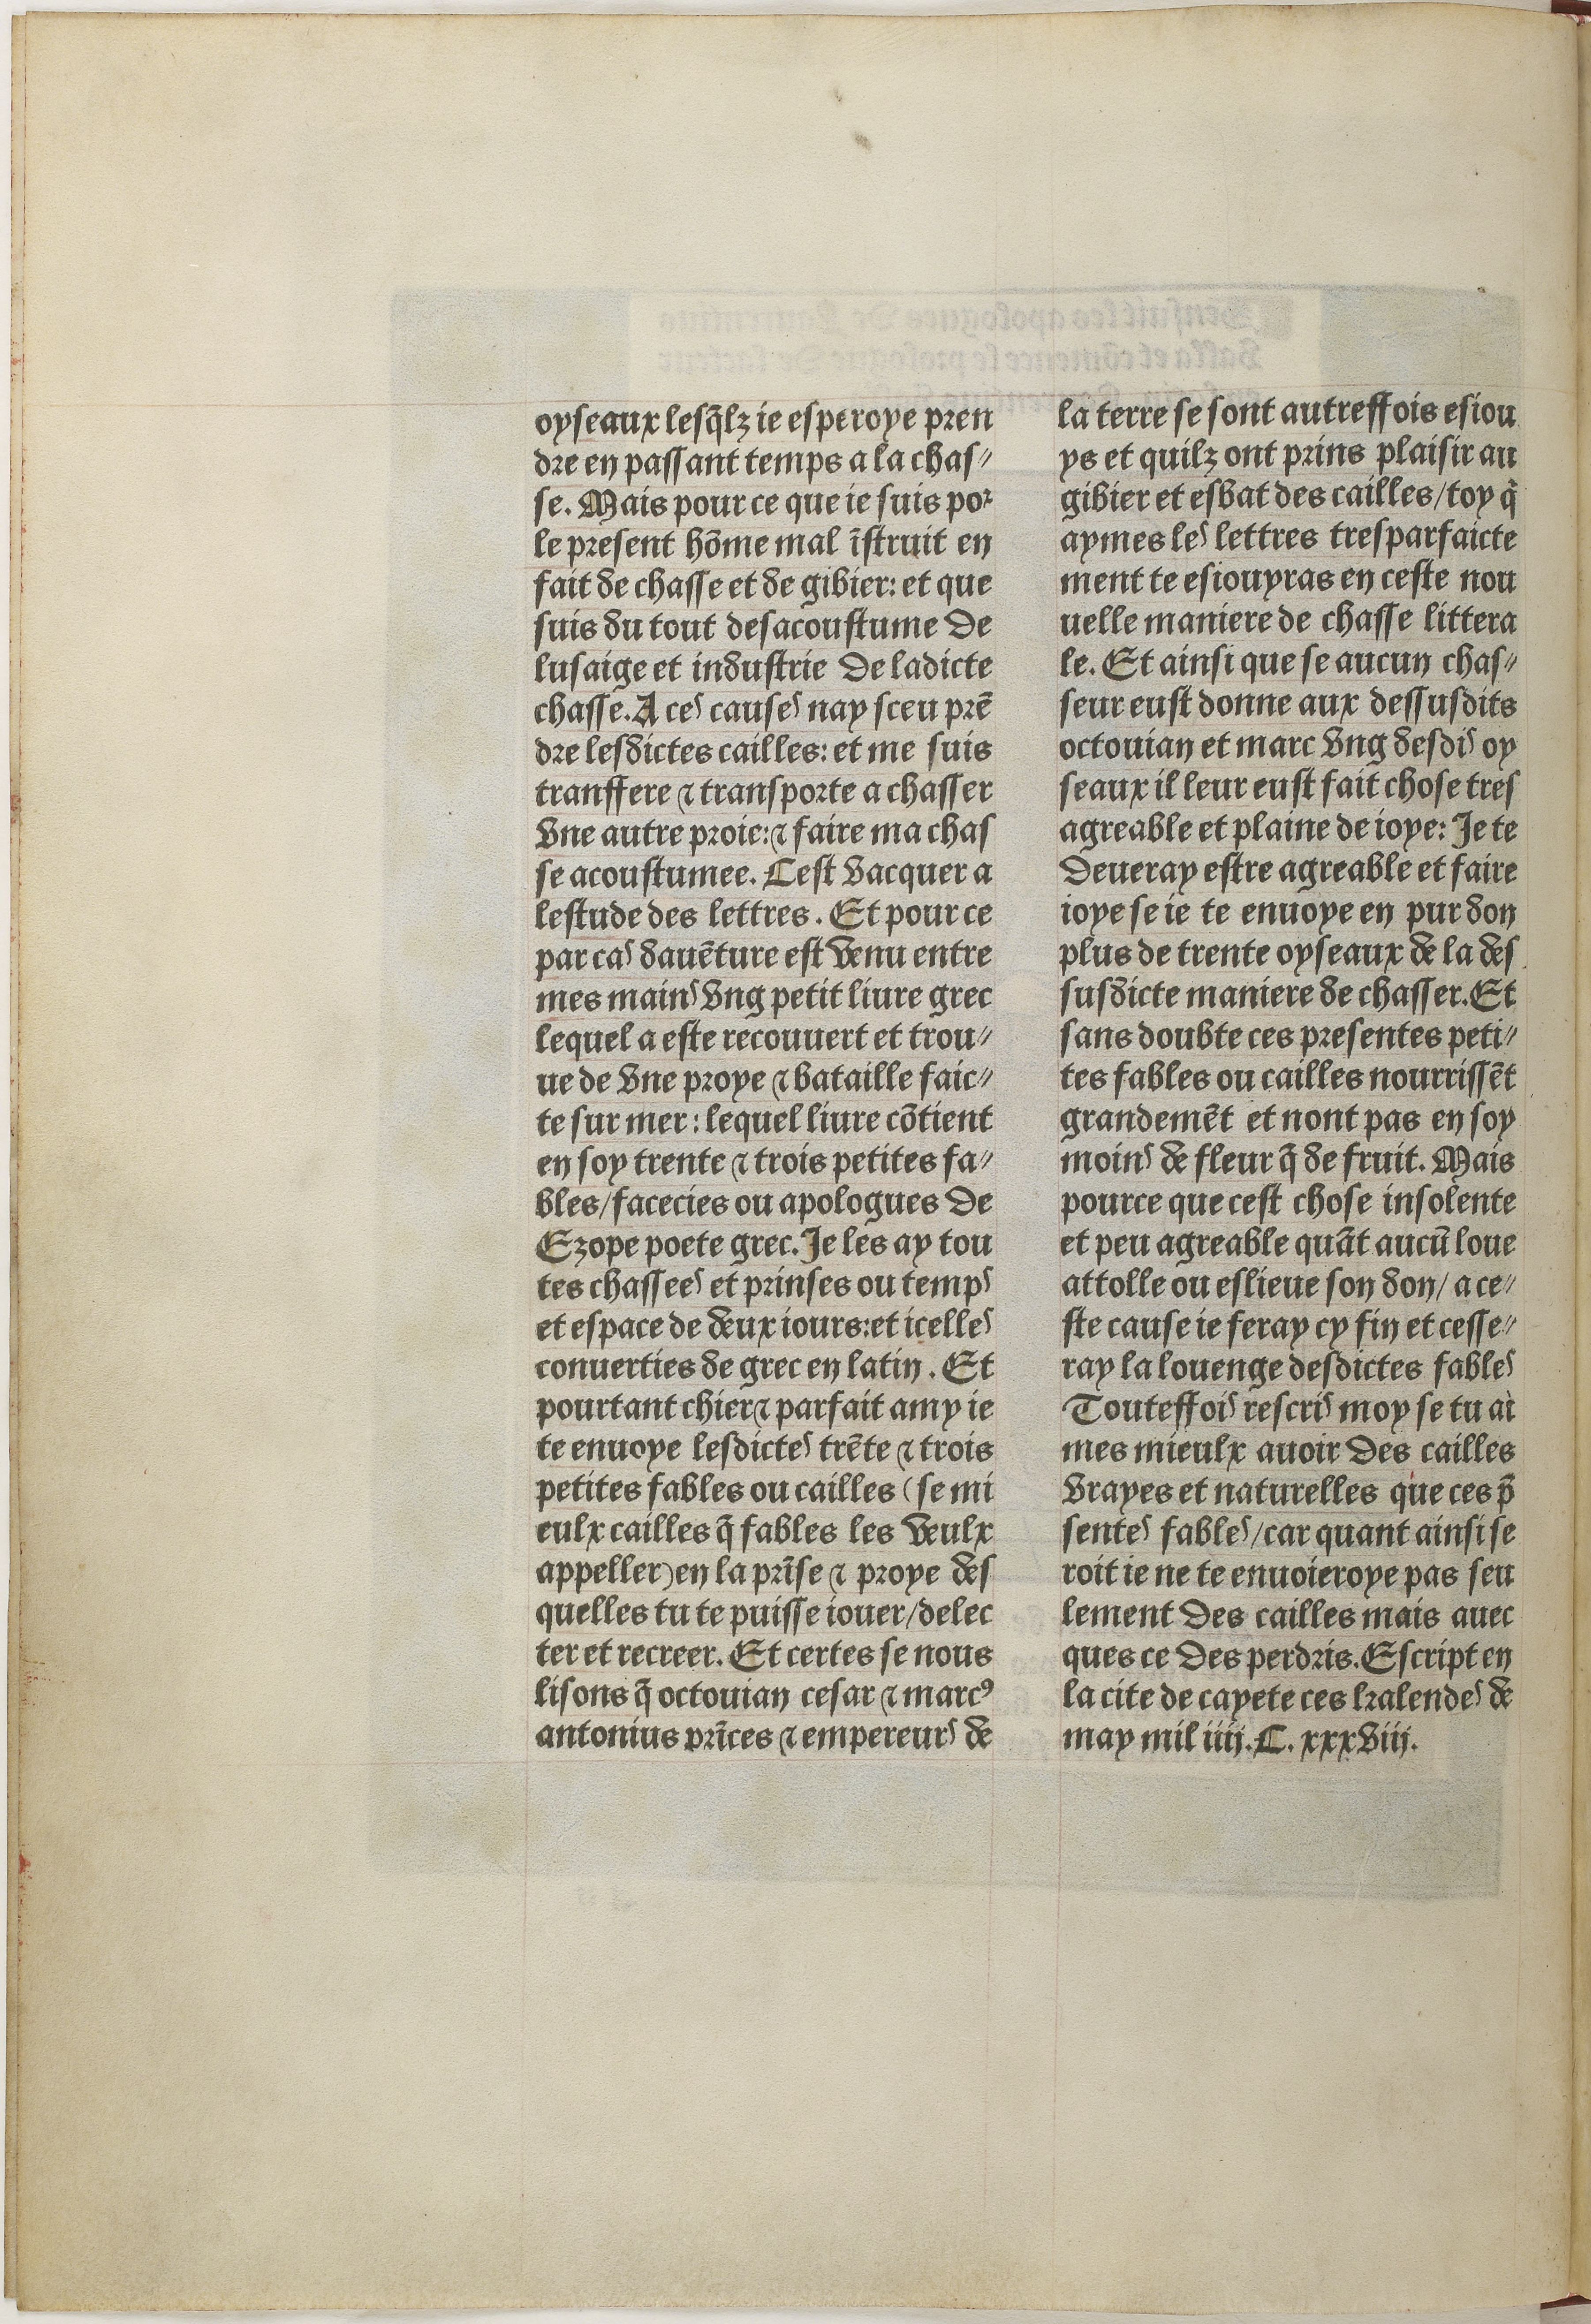
Shelfmark: Paris, BnF, Velins 611
Century: 15